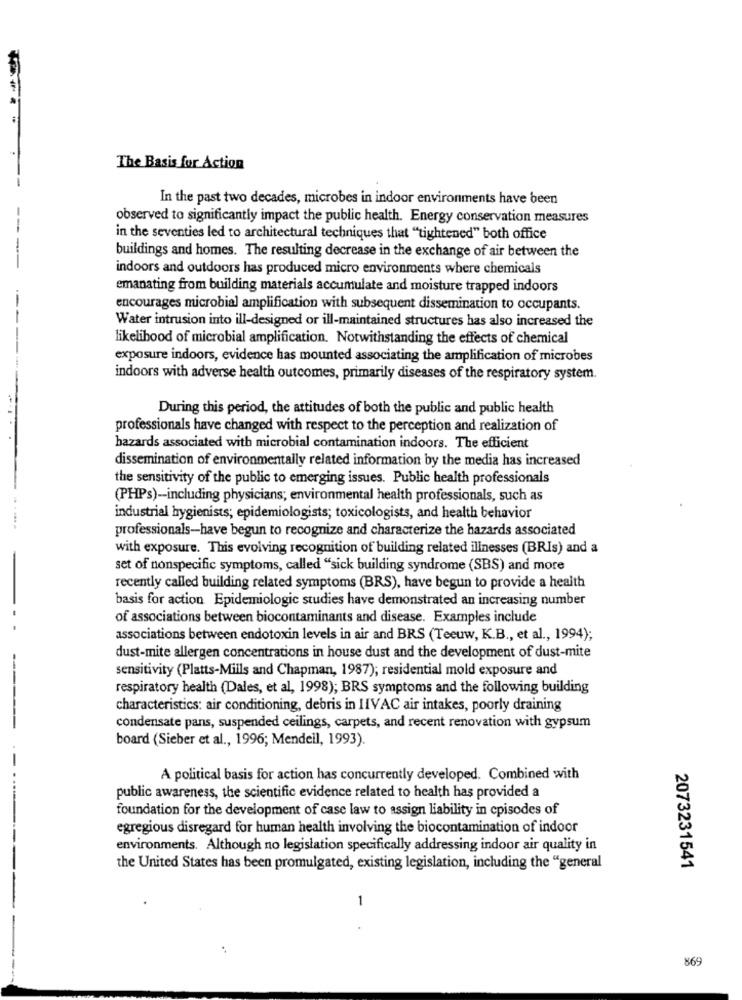
The Basis for Action
In the past two decades, microbes in indoor environments have been
observed to significantly impact the public health. Energy conservation measures
in the seventies led to architectural techniques that "tightened" both office
---
buildings and homes. The resulting decrease in the exchange of air between the
indoors and outdoors has produced micro environments where chemicals
emanating from building materials accumulate and moisture trapped indoors
encourages microbial amplification with subsequent dissemination to occupants.
Water intrusion into ill-designed or ill-maintained structures has also increased the
likelihood of microbial amplification. Notwithstanding the effects of chemical
exposure indoors, evidence has mounted associating the amplification of microbes
indoors with adverse health outcomes, primarily diseases of the respiratory system.
During this period, the attitudes of both the public and public health
professionals have changed with respect to the perception and realization of
hazards associated with microbial contamination indoors. The efficient
dissemination of environmentally related information by the media has increased
the sensitivity of the public to emerging issues. Public health professionals
(PHPs)-including physicians; environmental health professionals, such as
industrial hygienists; epidemiologists; toxicologists, and health behavior
professionals-have begun to recognize and characterize the hazards associated
with exposure. This evolving recognition of building related illnesses (BRIs) and a
set of nonspecific symptoms, called "sick building syndrome (SBS) and more
recently called building related symptoms (BRS), have begun to provide a health
basis for action Epidemiologic studies have demonstrated an increasing number
of associations between biocontaminants and disease. Examples include
associations between endotoxin levels in air and BRS (Teeuw, K.B ., et al ., 1994);
dust-mite allergen concentrations in house dust and the development of dust-mite
sensitivity (Platts-Mills and Chapman, 1987); residential mold exposure and
respiratory health (Dales, et al, 1998); BRS symptoms and the following building
characteristics: air conditioning, debris in IIVAC air intakes, poorly draining
condensate pans, suspended ceilings, carpets, and recent renovation with gypsum
board (Sieber et al ., 1996; Mendell, 1993).
--
A political basis for action has concurrently developed. Combined with
public awareness, the scientific evidence related to health has provided a
foundation for the development of case law to assign liability in episodes of
egregious disregard for human health involving the biocontamination of indoor
environments. Although no legislation specifically addressing indoor air quality in
the United States has been promulgated, existing legislation, including the "general
2073231541
1
869